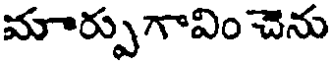
మార్పుగావిం చెను